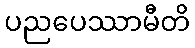
ပညပေဿာမီတိ